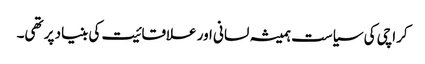
کراچی کی سیاست ہمیشہ لسانی اور علاقائیت کی بنیاد پر تھی۔